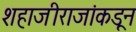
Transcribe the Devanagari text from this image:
शहाजीराजांकडून